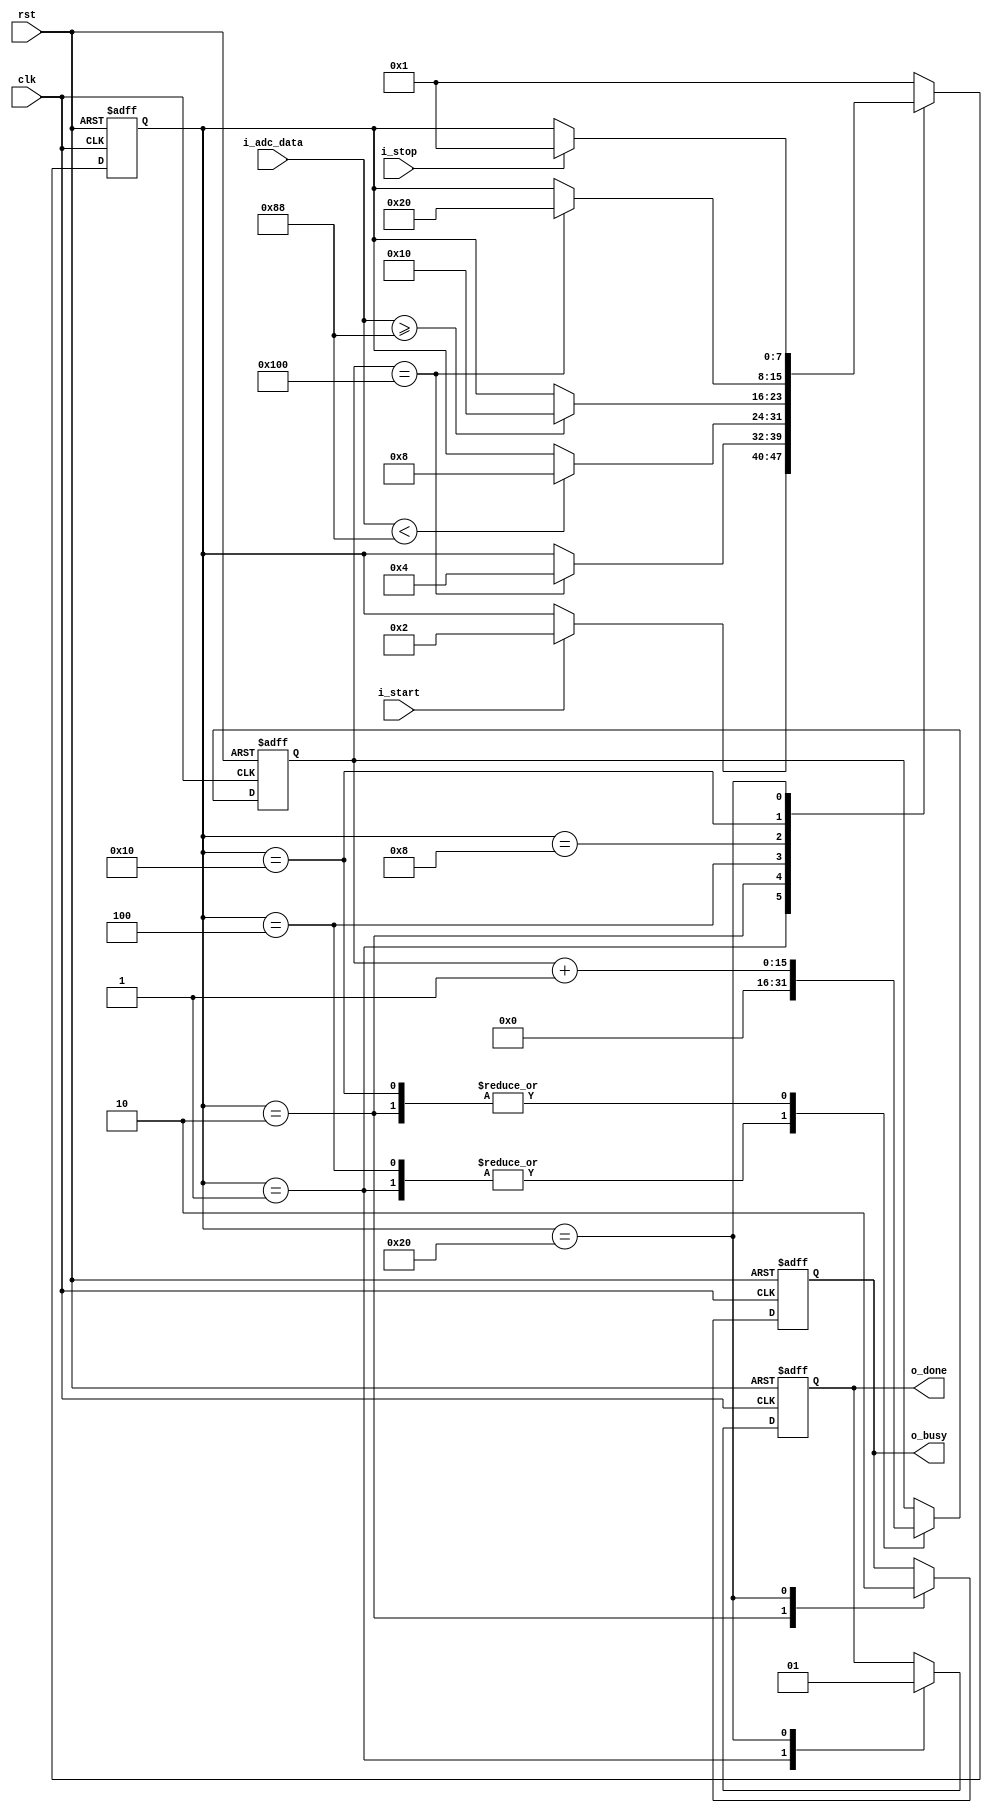
module Scope(
    input rst,
    input clk,
    input i_start,
    input i_stop,
    output reg o_busy,
    output reg o_done,
//    output reg o_run,
    input [7:0] i_adc_data
);

parameter STATE_IDLE = 8'b000001;
parameter STATE_PREV = 8'b000010;
parameter STATE_TRIG = 8'b000100;
parameter STATE_TRIG2= 8'b001000;
parameter STATE_POST = 8'b010000;
parameter STATE_DONE = 8'b100000;

parameter THRESHOLD = 136;
parameter PREV_MAX = 512/2;
parameter POST_MAX = 512/2;

reg [7:0] state;
reg [15:0] cnt;

always @(posedge clk or posedge rst) begin
    if(rst) begin
        state <= STATE_IDLE;
        cnt <= 0;
        o_busy <= 0;
        o_done <= 0;
    end else begin
        case(state)
            STATE_IDLE: begin
                cnt <= 0;
                o_done <= 0;
                if(i_start == 1)
                    state <= STATE_PREV;
            end
            STATE_PREV: begin
                o_busy <= 1;
                cnt <= cnt + 1'b1;
                if(cnt == PREV_MAX)
                    state <= STATE_TRIG;
            end
            STATE_TRIG: begin
                cnt <= 0;
                if(i_adc_data < THRESHOLD)
                    state <= STATE_TRIG2;
            end
            STATE_TRIG2: begin
                if(i_adc_data >= THRESHOLD)
                    state <= STATE_POST;
            end
            STATE_POST: begin
                cnt <= cnt + 1'b1;
                if(cnt == POST_MAX)
                    state <= STATE_DONE;
            end
            STATE_DONE: begin
                if(i_stop == 1)
                    state <= STATE_IDLE;
                o_busy <= 0;
                o_done <= 1;
            end
            default: begin
              state <= STATE_IDLE;
              end
        endcase
    end
end

endmodule